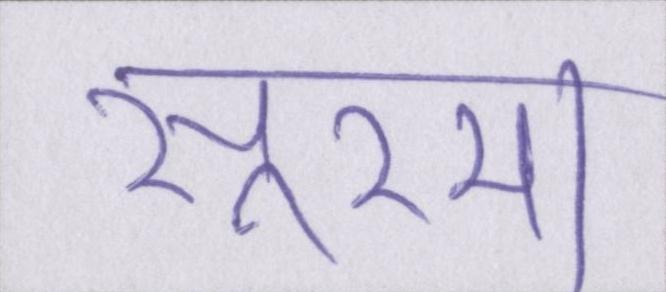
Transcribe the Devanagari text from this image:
सूरमा